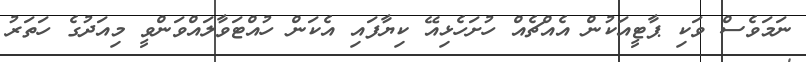
ނަމަވެސް ވަކި ޕާޓީއަކުން އެއްޗެއް ހުށަހެޅިއޭ ކިޔާފައި އެކަން ހުއްޓަވާލައްވަންވީ މިއަދުގެ ހަތަރު